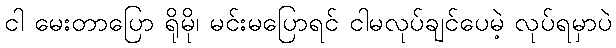
ငါ မေးတာပြော ရိုမို၊ မင်းမပြောရင် ငါမလုပ်ချင်ပေမဲ့ လုပ်ရမှာပဲ